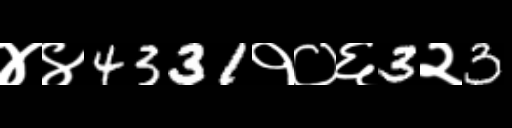
Text: ४४4331१०६3२3